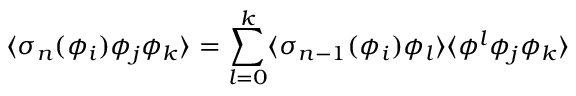
\langle \sigma _ { n } ( \phi _ { i } ) \phi _ { j } \phi _ { k } \rangle = \sum _ { l = 0 } ^ { k } \langle \sigma _ { n - 1 } ( \phi _ { i } ) \phi _ { l } \rangle \langle \phi ^ { l } \phi _ { j } \phi _ { k } \rangle